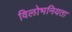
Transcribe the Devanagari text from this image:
विलोभनियता